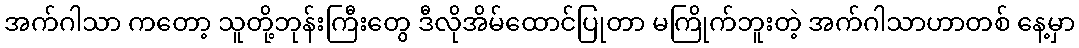
အက်ဂါသာ ကတော့ သူတို့ဘုန်းကြီးတွေ ဒီလိုအိမ်ထောင်ပြုတာ မကြိုက်ဘူးတဲ့ အက်ဂါသာဟာတစ် နေ့မှာ